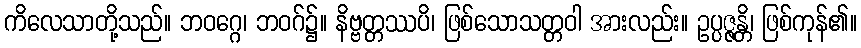
ကိလေသာတို့သည်။ ဘဝဂ္ဂေ၊ ဘဝဂ်၌။ နိဗ္ဗတ္တဿပိ၊ ဖြစ်သောသတ္တဝါ အားလည်း။ ဥပ္ပဇ္ဇန္တိ၊ ဖြစ်ကုန်၏။